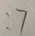
: 7